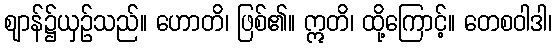
ဈာန်၌ယှဉ်သည်။ ဟောတိ၊ ဖြစ်၏။ ဣတိ၊ ထို့ကြောင့်။ တေစဝါဒါ၊